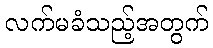
လက်မခံသည့်အတွက်